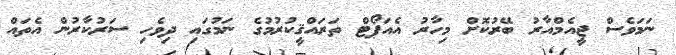
ނަމަވެސް ޖީއެމްއާރު ބޭރުކޮށް މިހާރު އެއަޕޯޓް ތަރައްޤީކުރުމުގެ ނަމުގައި ދިވެހި ސަރުކާރުން އެތައް